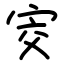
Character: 㝔